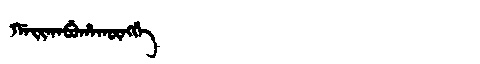
Manchu: ᡤᠠᡳᡴᠠᠪᡠᡥᠠᡴᡡᠩᡤᡝ
Romanization: GAIKABUHAKŪNGGE